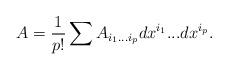
LaTeX: \begin{align*}A = {1\over p!}\sum A_{i_1 ... i_p}dx^{i_1} ... dx^{i_p}.\end{align*}